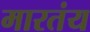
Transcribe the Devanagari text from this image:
मारतंय